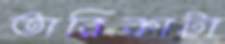
তারিকাটা